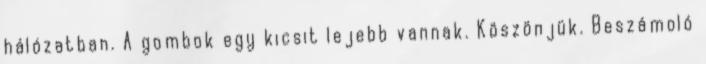
hálózatban. A gombok egy kicsit lejebb vannak. Köszönjük. Beszámoló